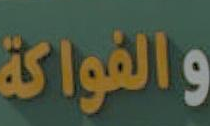
والفواكة